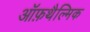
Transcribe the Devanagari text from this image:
ऑफ़थैल्मिक